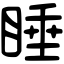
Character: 睡